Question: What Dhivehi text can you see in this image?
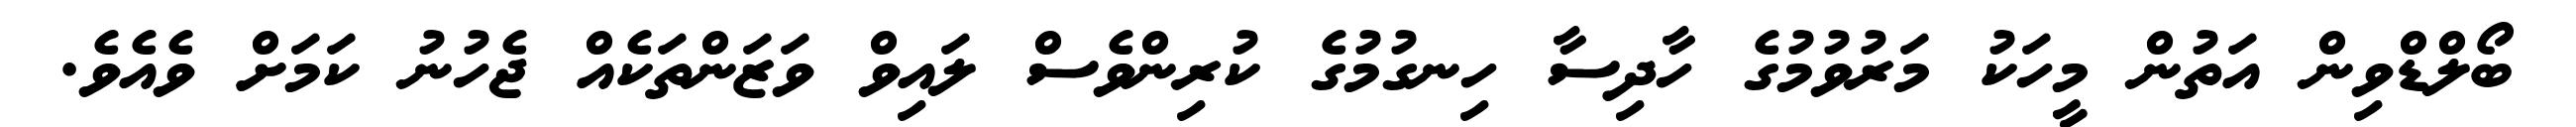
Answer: ބޯލްޑްވިން އަތުން މީހަކު މަރުވުމުގެ ހާދިސާ ހިނގުމުގެ ކުރިންވެސް ލައިވް ވަޒަންތަކެއް ޖެހުނު ކަމަށް ވެއެވެ.